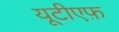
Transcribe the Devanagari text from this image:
यूटीएफ़